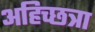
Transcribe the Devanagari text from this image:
अहिच्छत्रा